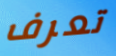
تعرف